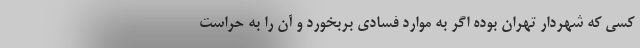
کسی که شهردار تهران بوده اگر به موارد فسادی بربخورد و آن را به حراست